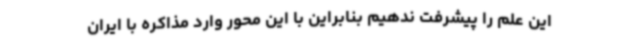
این علم را پیشرفت ندهیم بنابراین با این محور وارد مذاکره با ایران